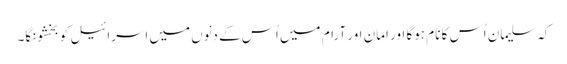
کہ سلیمان اُس کا نام ہوگا اور امان اور آرام میں اُس کے دنِوں میں اسرائیل کو بخشونگا۔